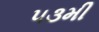
૫૩મી